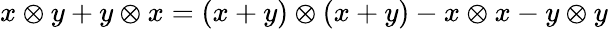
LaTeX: x\otimes y+y\otimes x=(x+y)\otimes(x+y)-x\otimes x-y\otimes y